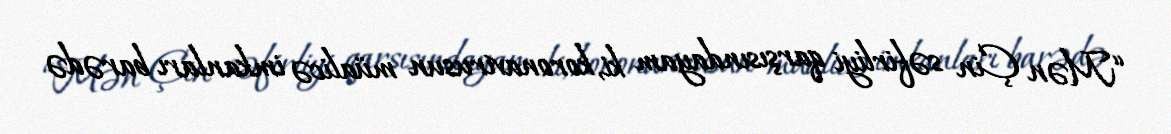
“Mən Çin səfirliyi qarşısındayam ki, koronavirusun müalicə imkanları barədə